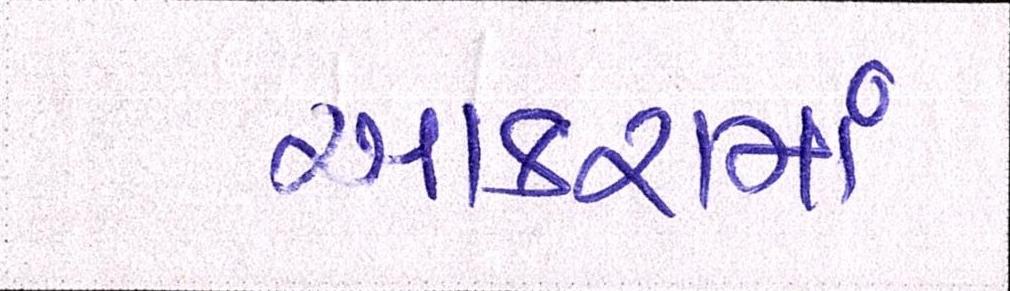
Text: આકરામાં